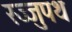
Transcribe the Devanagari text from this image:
रज्जुपथ